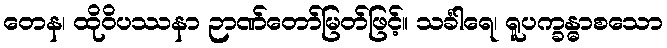
တေန၊ ထိုဝိပဿနာ ဉာဏ်တော်မြတ်ဖြင့်။ သင်္ခါရေ၊ ရူပက္ခန္ဓာစသော